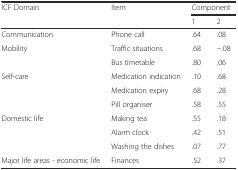
| <ROWSPAN=2> ICF Domain | <ROWSPAN=2> Item | <COLSPAN=2> Component |
 | 1 | 2 |
 | --- | --- | --- | --- |
 | Communication | Phone call | .64 | .08 |
 | <ROWSPAN=2> Mobility | Traffic situations | .68 | −.08 |
 | Bus timetable | .80 | .06 |
 | <ROWSPAN=3> Self-care | Medication indication | .10 | .68 |
 | Medication expiry | .68 | .28 |
 | Pill organiser | .58 | .55 |
 | <ROWSPAN=3> Domestic life | Making tea | .55 | .18 |
 | Alarm clock | .42 | .51 |
 | Washing the dishes | .07 | .77 |
 | Major life areas - economic life | Finances | .52 | .37 |